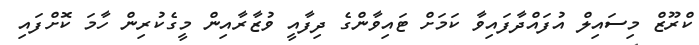
ކްރޫޒް މިސައިލް އުފައްދާފައިވާ ކަމަށް ޓައިވާންގެ ދިފާއީ ވުޒާރާއިން މީގެކުރިން ހާމަ ކޮށްފައި